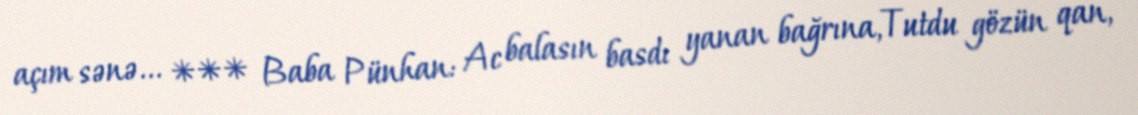
açım sənə... *** Baba Pünhan: Ac balasın basdı yanan bağrına,Tutdu gözün qan,